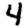
Digit: 4